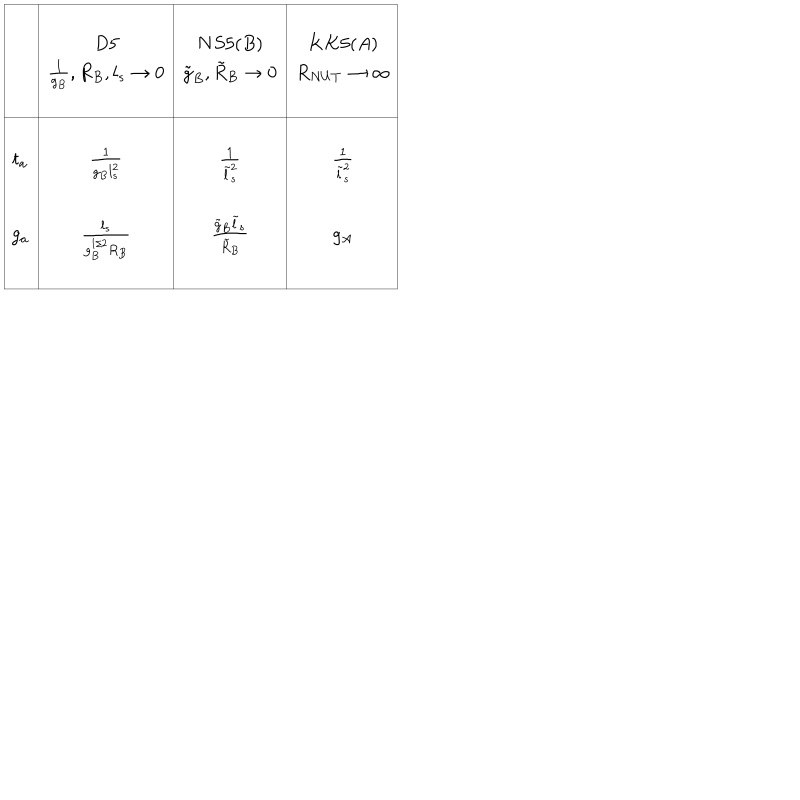
\begin{array} { | c | c | c | c | } \hline { { } } & { { } } & { { } } & { { } } \\ { { } } & { { D 5 } } & { { N S 5 ( B ) } } & { { K K 5 ( A ) } } \\ { { } } & { { { \frac { 1 } { g _ { B } } } , R _ { B } , l _ { s } \rightarrow 0 } } & { { { \tilde { g } } _ { B } , \tilde { R } _ { B } \rightarrow 0 } } & { { R _ { N U T } \rightarrow \infty } } \\ { { } } & { { } } & { { } } & { { } } \\ \hline { { } } & { { } } & { { } } & { { } } \\ { { t _ { a } } } & { { { \frac { 1 } { g _ { B } l _ { s } ^ { 2 } } } } } & { { { \frac { 1 } { \tilde { l } _ { s } ^ { 2 } } } } } & { { { \frac { 1 } { { \tilde { l } } _ { s } ^ { 2 } } } } } \\ { { } } & { { } } & { { } } & { { } } \\ { { g _ { a } } } & { { { \frac { l _ { s } } { g _ { B } ^ { 1 / 2 } R _ { B } } } } } & { { { \frac { { \tilde { g } } _ { B } \tilde { l } _ { s } } { \tilde { R } _ { B } } } } } & { { g _ { A } } } \\ { { } } & { { } } & { { } } & { { } } \\ \hline { { } } \\ \end{array}